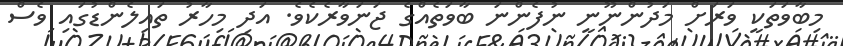
މިބާވަތަކީ ވަރަށް މަދުންނޫނީ ނުފެންނަ ބާވަތެއްގެ ޖަނަވާރެކެވެ. އަދި މިހާރު ތައިލެންޑުގައި ވެސް